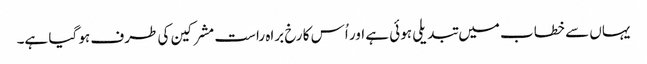
یہاں سے خطاب میں تبدیلی ہوئی ہے اور اُس کا رخ براہ راست مشرکین کی طرف ہو گیا ہے۔